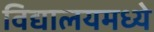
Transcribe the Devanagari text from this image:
विद्यालयमध्ये